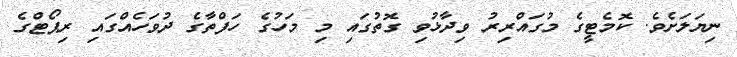
ނިޔަލަށެވެ. ކޮމެޓީގެ މުގައްރިރު ވިދާޅުވި ގޮތުގައި މި މަހުގެ ހަފްތާގެ ދުވަހެއްގައި ރިޕޯޓްގެ